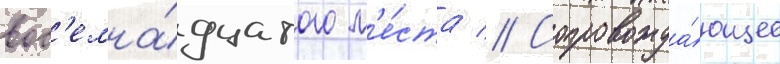
вос'емна́дцатого м'е́ста // Сопровожда́ющее